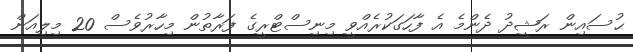
ޙުސައިން ރަޝީދު ދެންމެ އެ ފާހަގަކުރެއްވީ މިނިސްޓްރީގެ ފަރާތުން މިހާރުވެސް 20 މިލިއަން